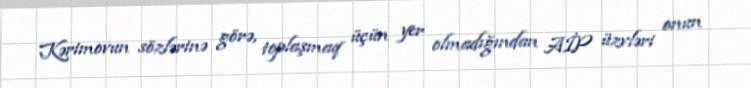
Kərimovun sözlərinə görə, toplaşmaq üçün yer olmadığından AİP üzvləri onun